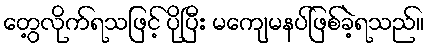
တွေ့လိုက်ရသဖြင့် ပိုပြီး မကျေမနပ်ဖြစ်ခဲ့ရသည်။